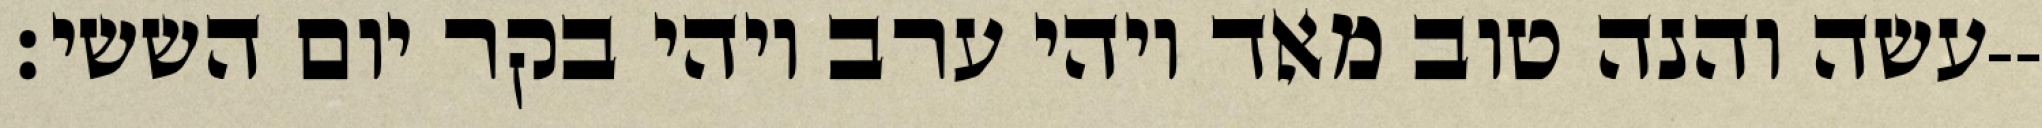
עשה והנה טוב מאד ויהי ערב ויהי בקר יום הששי׃--